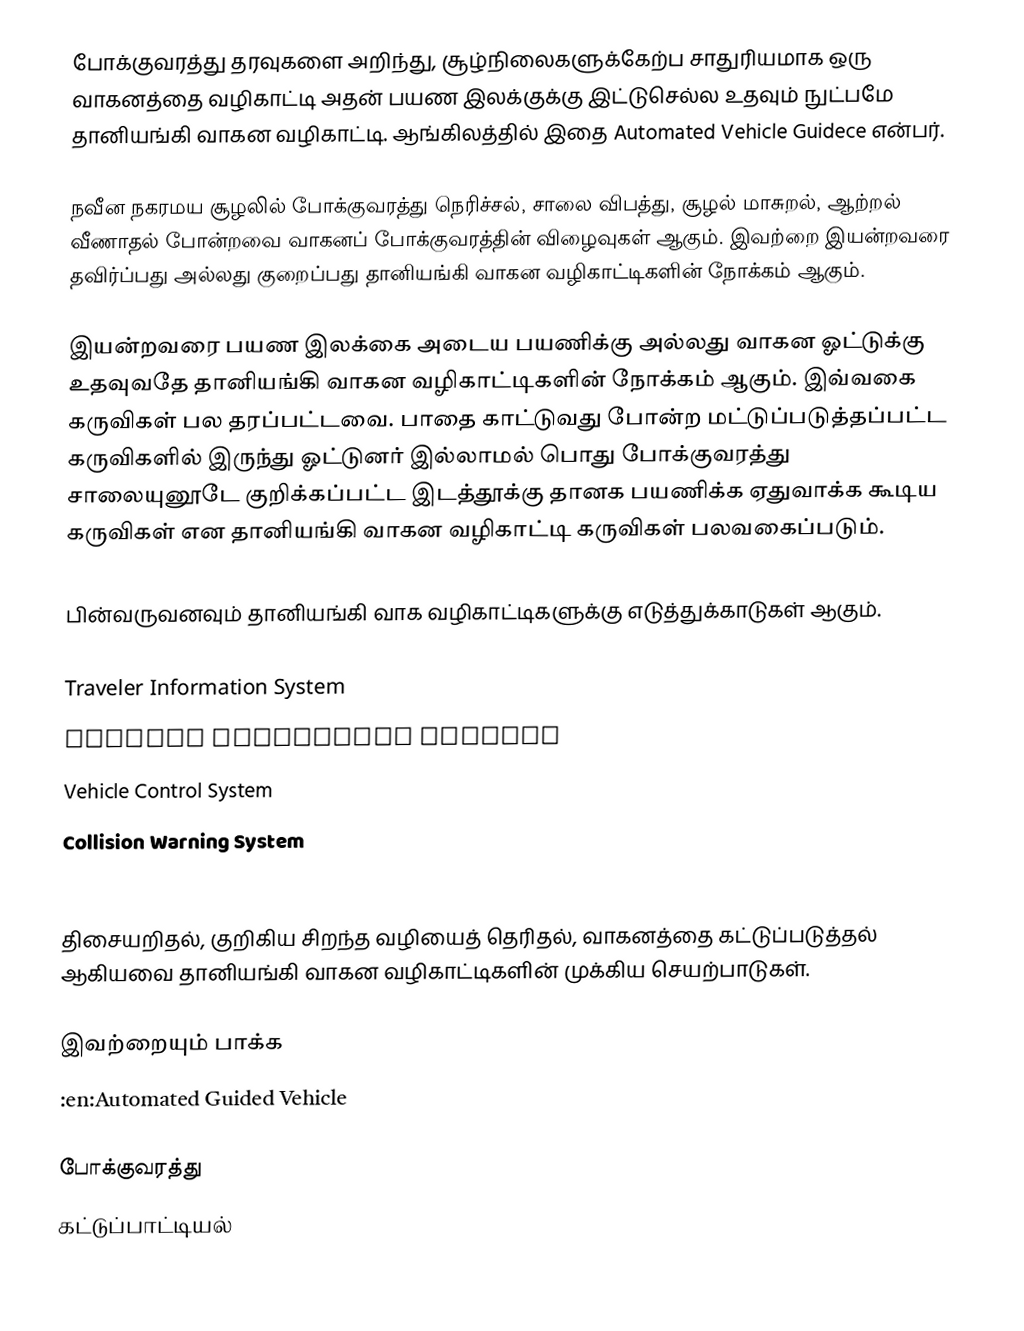
போக்குவரத்து தரவுகளை அறிந்து, சூழ்நிலைகளுக்கேற்ப சாதுரியமாக ஒரு வாகனத்தை வழிகாட்டி அதன் பயண இலக்குக்கு இட்டுசெல்ல உதவும் நுட்பமே தானியங்கி வாகன வழிகாட்டி.  ஆங்கிலத்தில் இதை Automated Vehicle Guidece என்பர்.

நவீன நகரமய சூழலில் போக்குவரத்து நெரிச்சல், சாலை விபத்து, சூழல் மாசுறல், ஆற்றல் வீணாதல் போன்றவை வாகனப் போக்குவரத்தின் விழைவுகள் ஆகும்.  இவற்றை இயன்றவரை தவிர்ப்பது அல்லது குறைப்பது தானியங்கி வாகன வழிகாட்டிகளின் நோக்கம் ஆகும்.

இயன்றவரை பயண இலக்கை அடைய பயணிக்கு அல்லது வாகன ஓட்டுக்கு உதவுவதே தானியங்கி வாகன வழிகாட்டிகளின் நோக்கம் ஆகும்.  இவ்வகை கருவிகள் பல தரப்பட்டவை.  பாதை காட்டுவது போன்ற மட்டுப்படுத்தப்பட்ட கருவிகளில் இருந்து ஓட்டுனர் இல்லாமல் பொது போக்குவரத்து சாலையுனூடே குறிக்கப்பட்ட இடத்தூக்கு தானக பயணிக்க ஏதுவாக்க கூடிய கருவிகள் என தானியங்கி வாகன வழிகாட்டி கருவிகள் பலவகைப்படும்.

பின்வருவனவும் தானியங்கி வாக வழிகாட்டிகளுக்கு எடுத்துக்காடுகள் ஆகும்.

 Traveler Information System
 Traffic Management Systems
 Vehicle Control System
 Collision Warning System
 Autopilot System

திசையறிதல், குறிகிய சிறந்த வழியைத் தெரிதல், வாகனத்தை கட்டுப்படுத்தல் ஆகியவை தானியங்கி வாகன வழிகாட்டிகளின் முக்கிய செயற்பாடுகள்.

இவற்றையும் பாக்க
 :en:Automated Guided Vehicle

போக்குவரத்து
கட்டுப்பாட்டியல்